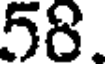
58.